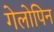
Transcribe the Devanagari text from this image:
गेलोपिन